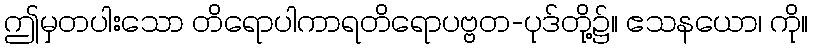
ဤမှတပါးသော တိရောပါကာရတိရောပဗ္ဗတ-ပုဒ်တို့၌။ ဧသနယော၊ ကို။